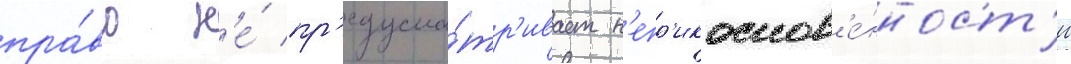
пра́во н'е́ пр'едусма́тр'ивает н'епр'икоснов'е́нност'и